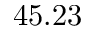
4 5 . 2 3